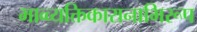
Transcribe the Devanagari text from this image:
भाव्व्यक्तिकारानाभिरूप